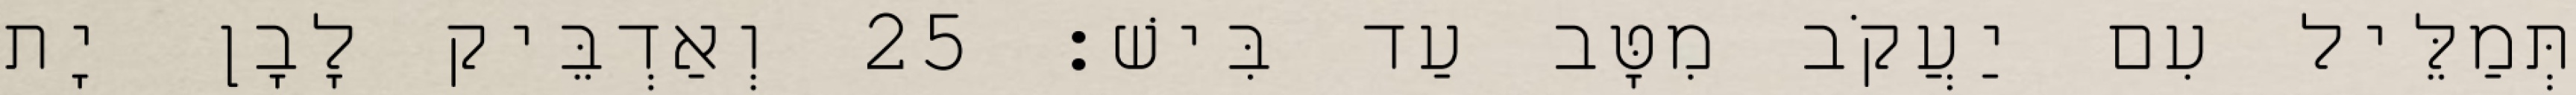
תְּמַלֵּיל עִם יַעֲקֹב מִטָּב עַד בִּישׁ׃ 25 וְאַדְבֵּיק לָבָן יָת